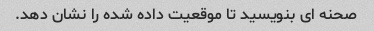
صحنه ای بنویسید تا موقعیت داده شده را نشان دهد.